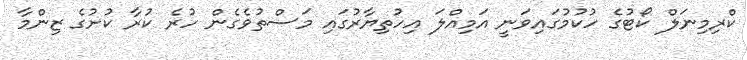
ކްރިމިނަލް ކޯޓުގެ ހުކުމުގައިވަނީ އަމިއްލަ އިހުތިޔާރުގައި މަސްތުވެގެން ހުރެ ކުރާ ކުށުގެ ޒިންމާ